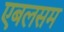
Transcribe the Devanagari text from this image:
एबलसम